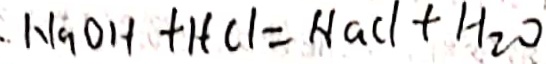
\cdot N a O H + H C l = N a C l + H _ { 2 } O